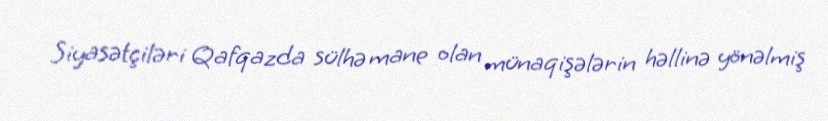
Siyasətçiləri Qafqazda sülhə mane olan münaqişələrin həllinə yönəlmiş